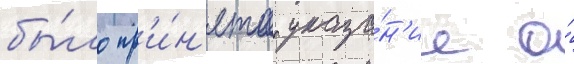
бы́ло пр'и́н'ято указа́н'ие о́